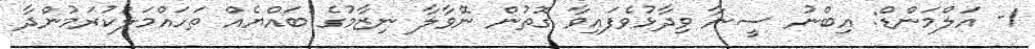
1- އަލްމަންޑް: އިބްނު ސީނާ ވިދާޅުވެފައިވާ ގޮތުން ނޭވާލާ ނިޒާމުގެ ބައްޔެއް ތަހައްމަލުކުރަމުންދާ